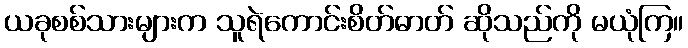
ယခုစစ်သားများက သူရဲကောင်းစိတ်ဓာတ် ဆိုသည်ကို မယုံကြ။